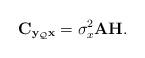
LaTeX: \begin{align*}\mathbf{C}_{\mathbf{y}_{\mathcal{Q}}\mathbf{x}}=\sigma_x^2\mathbf{A}\mathbf{H}.\end{align*}